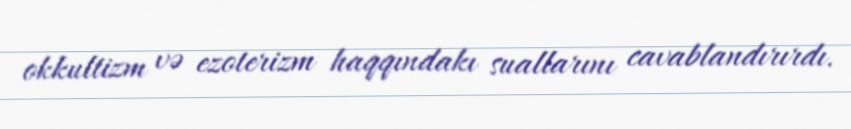
okkultizm və ezoterizm haqqındakı suallarını cavablandırırdı.